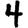
Digit: 4